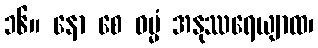
၁၆။ နော စေ ဓမ္မံ အနုဿရေယျာထ၊